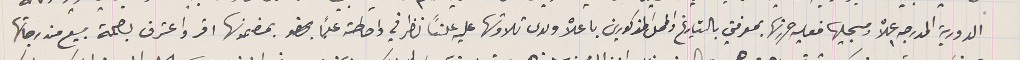
الدورية المدرجه اعلاه ومسجليها فعليه حررتها بمعرفتي بالتاريخ والمحل المذكورين باعلاه ولدى تلاوتها عليه علناً نظر في واحطته علماً بمضمونها اقر واعترف بصحة بيع مندرجاتها